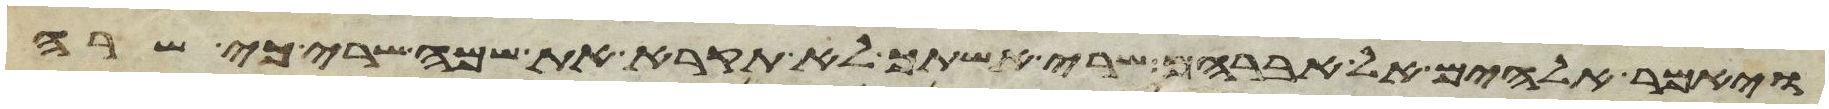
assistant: ויאמר אלהים אל אברהם שרי אשתך לא תקרא את שמה שרי כי שרה